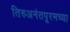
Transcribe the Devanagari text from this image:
तिरुअनंतपूरमच्या